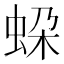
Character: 𧊱